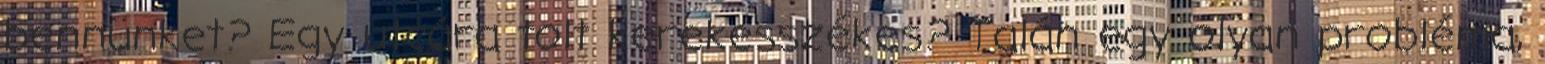
bennünket? Egy utcára tolt kerekesszékes? Talán egy olyan probléma,